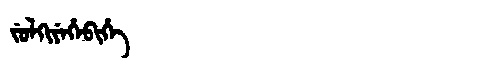
Manchu: ᠵᡠᠯᡴᡳᠶᡝᡥᡝᠪᡳᡥᡝ
Romanization: JULKIYEHEBIHE